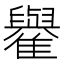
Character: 𩁕